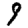
Digit: 9